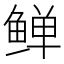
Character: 𬶛